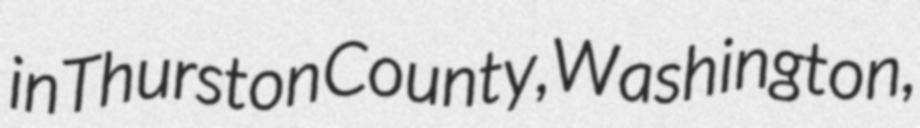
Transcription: in Thurston County, Washington,